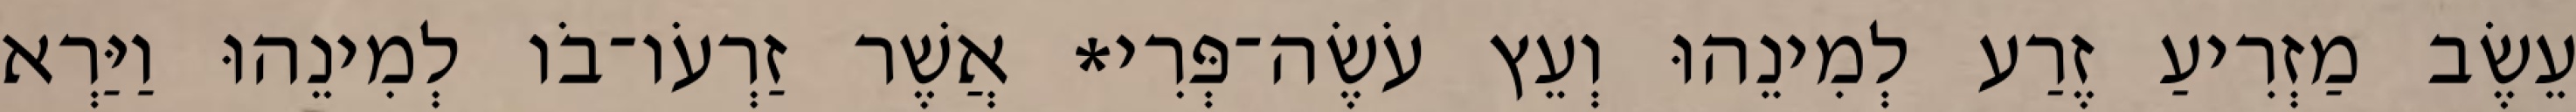
עֵשֶׂב מַזְרִיעַ זֶרַע לְמִינֵהוּ וְעֵץ עֹשֶׂה־פְּרִי* אֲשֶׁר זַרְעֹו־בֹו לְמִינֵהוּ וַיַּרְא